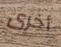
أخرى